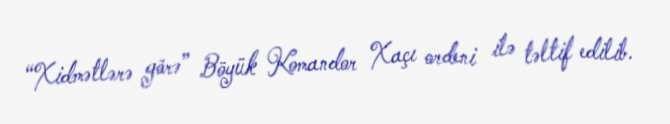
“Xidmətlərə görə” Böyük Komandor Xaçı ordeni ilə təltif edilib.